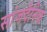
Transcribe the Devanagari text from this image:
सांजदैनिक